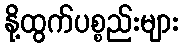
နို့ထွက်ပစ္စည်းများ